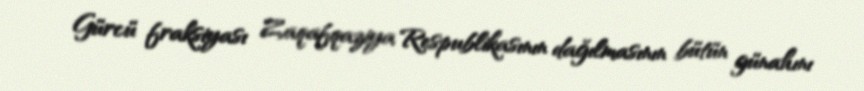
Gürcü fraksiyası Zaqafqaziya Respublikasının dağılmasının bütün günahını